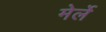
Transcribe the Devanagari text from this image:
मेर्ले